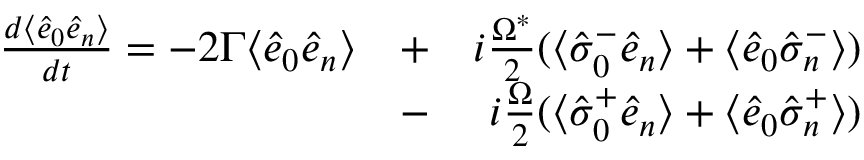
\begin{array} { r l r } { \frac { d \langle \hat { e } _ { 0 } \hat { e } _ { n } \rangle } { d t } = - 2 \Gamma \langle \hat { e } _ { 0 } \hat { e } _ { n } \rangle } & { + } & { i \frac { \Omega ^ { * } } { 2 } ( \langle \hat { \sigma } _ { 0 } ^ { - } \hat { e } _ { n } \rangle + \langle \hat { e } _ { 0 } \hat { \sigma } _ { n } ^ { - } \rangle ) } \\ & { - } & { i \frac { \Omega } { 2 } ( \langle \hat { \sigma } _ { 0 } ^ { + } \hat { e } _ { n } \rangle + \langle \hat { e } _ { 0 } \hat { \sigma } _ { n } ^ { + } \rangle ) } \end{array}